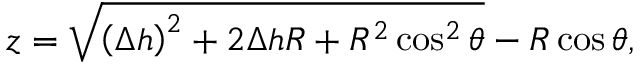
z = \sqrt { \left( \Delta h \right) ^ { 2 } + 2 \Delta h R + R ^ { 2 } \cos ^ { 2 } \theta } - R \cos \theta ,